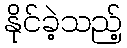
နိုင်ခဲ့သည့်